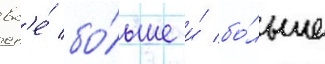
вс'е́ бо́льше и́ бо́льше